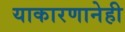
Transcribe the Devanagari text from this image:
याकारणानेही